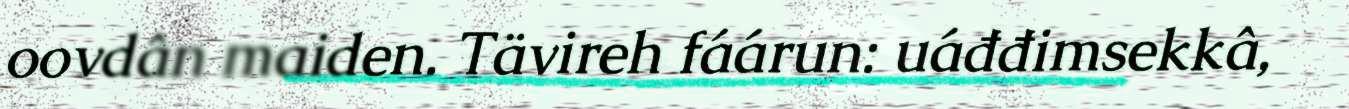
oovdân maiden. Tävireh fáárun: uáđđimsekkâ,